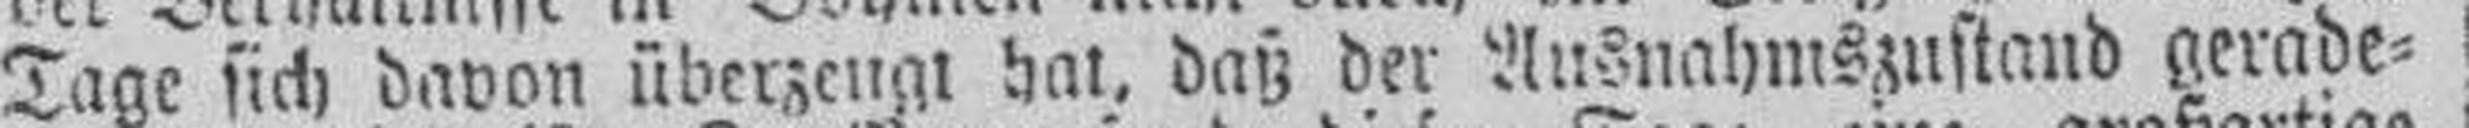
Tage sich davon überzeugt hat, daß der Ansnahmszustand gerade¬